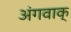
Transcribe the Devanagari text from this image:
अंगवाक्